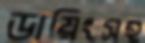
ডায়িংসহ